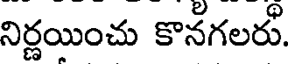
నిర్ణయించు కొనగలరు.